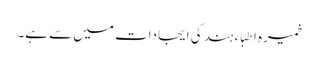
خمیرہ اطِبّاء ہند کی ایجادات میں سے ہے۔